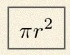
\pi r^2